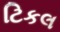
ટિકલ